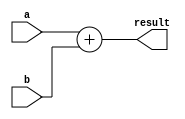
`timescale 1ps/1ps
module eight_bit_adder( input [11:0] a , b , output [11:0] result);
    assign result = a + b ;
endmodule